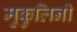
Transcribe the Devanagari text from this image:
मुकुलिनी